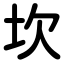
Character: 坎